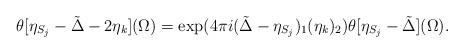
LaTeX: \begin{align*}\theta[\eta_{S_j}-\tilde{\Delta}-2\eta_k](\Omega)= \exp(4 \pi i (\tilde{\Delta}-\eta_{S_j})_1(\eta_k)_2)\theta[\eta_{S_j}-\tilde{\Delta}](\Omega).\end{align*}